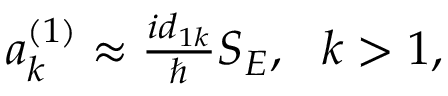
\begin{array} { r } { a _ { k } ^ { ( 1 ) } \approx \frac { i d _ { 1 k } } { \hbar } S _ { E } , \ \ k > 1 , } \end{array}